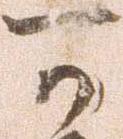
可